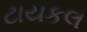
ટાયકલ